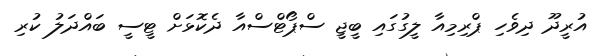
އުރީދޫ ދިވެހި ޕްރިމިއާ ލީގުގައި ބީޖީ ސްޕޯޓްސްއާ ދެކޮޅަށް ޓީސީ ބައްދަލު ކުރި